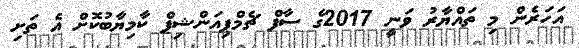
އަހަރެން މި ތައްޔާރު ވަނީ 2017ގެ ސާފް ޗެމްޕިއަންޝިޕް ކާމިޔާބުކޮށް އެ ތަށި